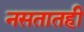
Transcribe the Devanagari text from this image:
नसतातही